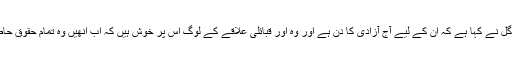
قبائلی علاقے خیبر ایجنسی سے تعلق رکھنے والے رکن قومی اسمبلی شاہ جی گل نے کہا ہے کہ ان کے لیے آج آزادی کا دن ہے اور وہ اور قبائلی علاقے کے لوگ اس پر خوش ہیں کہ اب انھیں وہ تمام حقوق حاصل ہوں گے جو ملک کے دیگر علاقوں میں بسنے والے لوگوں کو حاصل ہیں۔